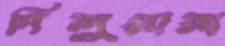
দিলুয়ারা